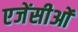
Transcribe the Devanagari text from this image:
एजेंसीओं